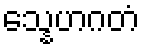
သ္နေဟဂတံ